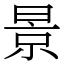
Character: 景